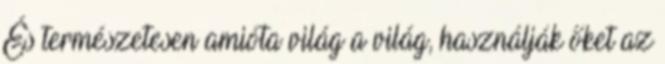
És természetesen amióta világ a világ, használják őket az